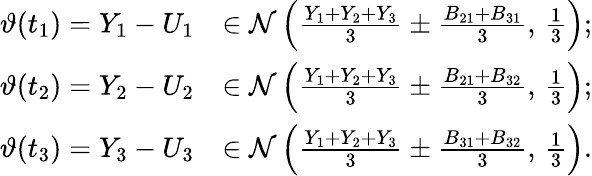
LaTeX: \begin{array}{rl}{\vartheta(t_{1})=Y_{1}-U_{1}}&{\in\mathcal{N}\left(\frac{Y_{1}+Y_{2}+Y_{3}}{3}\pm\frac{B_{21}+B_{31}}{3},\, \frac{1}{3}\right);}\\ {\vartheta(t_{2})=Y_{2}-U_{2}}&{\in\mathcal{N}\left(\frac{Y_{1}+Y_{2}+Y_{3}}{3}\pm\frac{B_{21}+B_{32}}{3},\, \frac{1}{3}\right);}\\ {\vartheta(t_{3})=Y_{3}-U_{3}}&{\in\mathcal{N}\left(\frac{Y_{1}+Y_{2}+Y_{3}}{3}\pm\frac{B_{31}+B_{32}}{3},\, \frac{1}{3}\right).}\end{array}